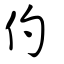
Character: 仢